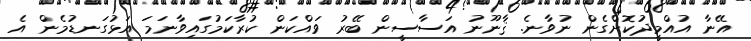
އޭނާ އުއްމީދުކޮށްގެން ނުވާނެ. ޤާނޫނު އަސާސީން ބޭރު ވައްކަން ކުރާކަމުގައިވާނަމަ އަޅުގަނޑުމެން އެ